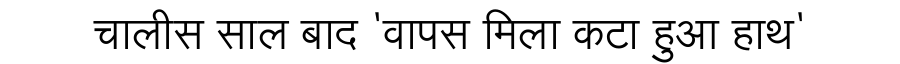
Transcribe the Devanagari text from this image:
चालीस साल बाद 'वापस मिला कटा हुआ हाथ'